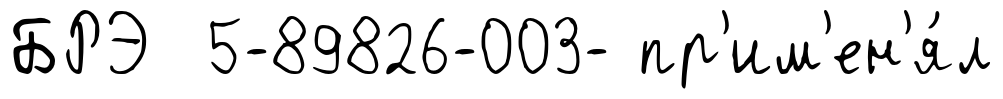
БРЭ 5-89826-003- пр'им'ен'я́л